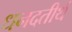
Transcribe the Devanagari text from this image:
धनदतीर्थ